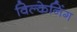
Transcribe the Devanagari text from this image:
विल्केनिंग